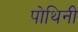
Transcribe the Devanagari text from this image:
पोथिनी